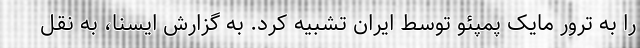
را به ترور مایک پمپئو توسط ایران تشبیه کرد. به گزارش ایسنا، به نقل